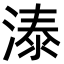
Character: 溙